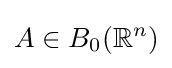
A\in B_{0}(\mathbb {R} ^{n})